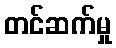
တင်ဆက်မှု